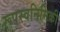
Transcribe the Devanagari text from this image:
रूपस्वनिमिकी